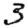
Digit: 3